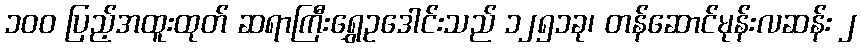
၁၀၀ ပြည့်အထူးထုတ် ဆရာကြီးရွှေဥဒေါင်းသည် ၁၂၅၁ခု၊ တန်ဆောင်မုန်းလဆန်း ၂